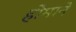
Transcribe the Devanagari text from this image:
होमाने